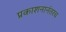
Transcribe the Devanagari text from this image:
प्रकाशनानंतरच